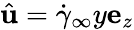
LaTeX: \hat{\mathbf{u}}=\dot{\gamma}_{\infty}y\mathbf{e}_{z}